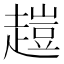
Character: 𧽊